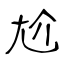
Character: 尬